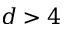
d > 4